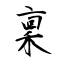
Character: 稟